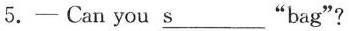
5. -Can you \underline{s} "bag"?